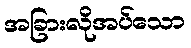
အခြားလိုအပ်သော